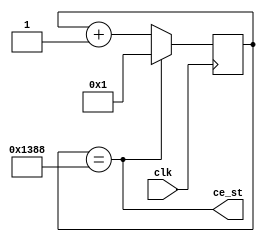
`timescale 1ns / 1ps
//////////////////////////////////////////////////////////////////////////////////
// Company: 
// Engineer: 
// 
// Design Name: 
// Module Name:    Gen_st 
// Project Name: 
// Target Devices: 
// Tool versions: 
// Description: 
//
// Dependencies: 
//
// Revision: 
// Revision 0.01 - File Created
// Additional Comments: 
//
//////////////////////////////////////////////////////////////////////////////////
module Gen_st(input clk,	output ce_st);
										 
       
parameter Tclk=20 ;// 20ns    
parameter Tst = 100000 ;// 0.1ms
reg [18:0]cb_st =0 ;//  
assign ce_st = (cb_st==Tst/Tclk) ;

always @ (posedge clk) begin
cb_st <= (ce_st)? 1 :  cb_st+1  ;
end 
endmodule